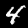
Label: 4